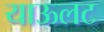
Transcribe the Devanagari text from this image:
याऊलट